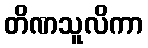
တိဏသူလိကာ